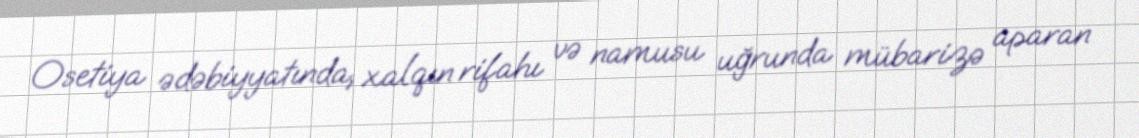
Osetiya ədəbiyyatında, xalqın rifahı və namusu uğrunda mübarizə aparan